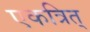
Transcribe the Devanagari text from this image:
एकत्रित्